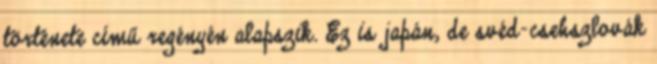
története című regényén alapszik. Ez is japán, de svéd–csehszlovák